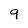
Character: 9